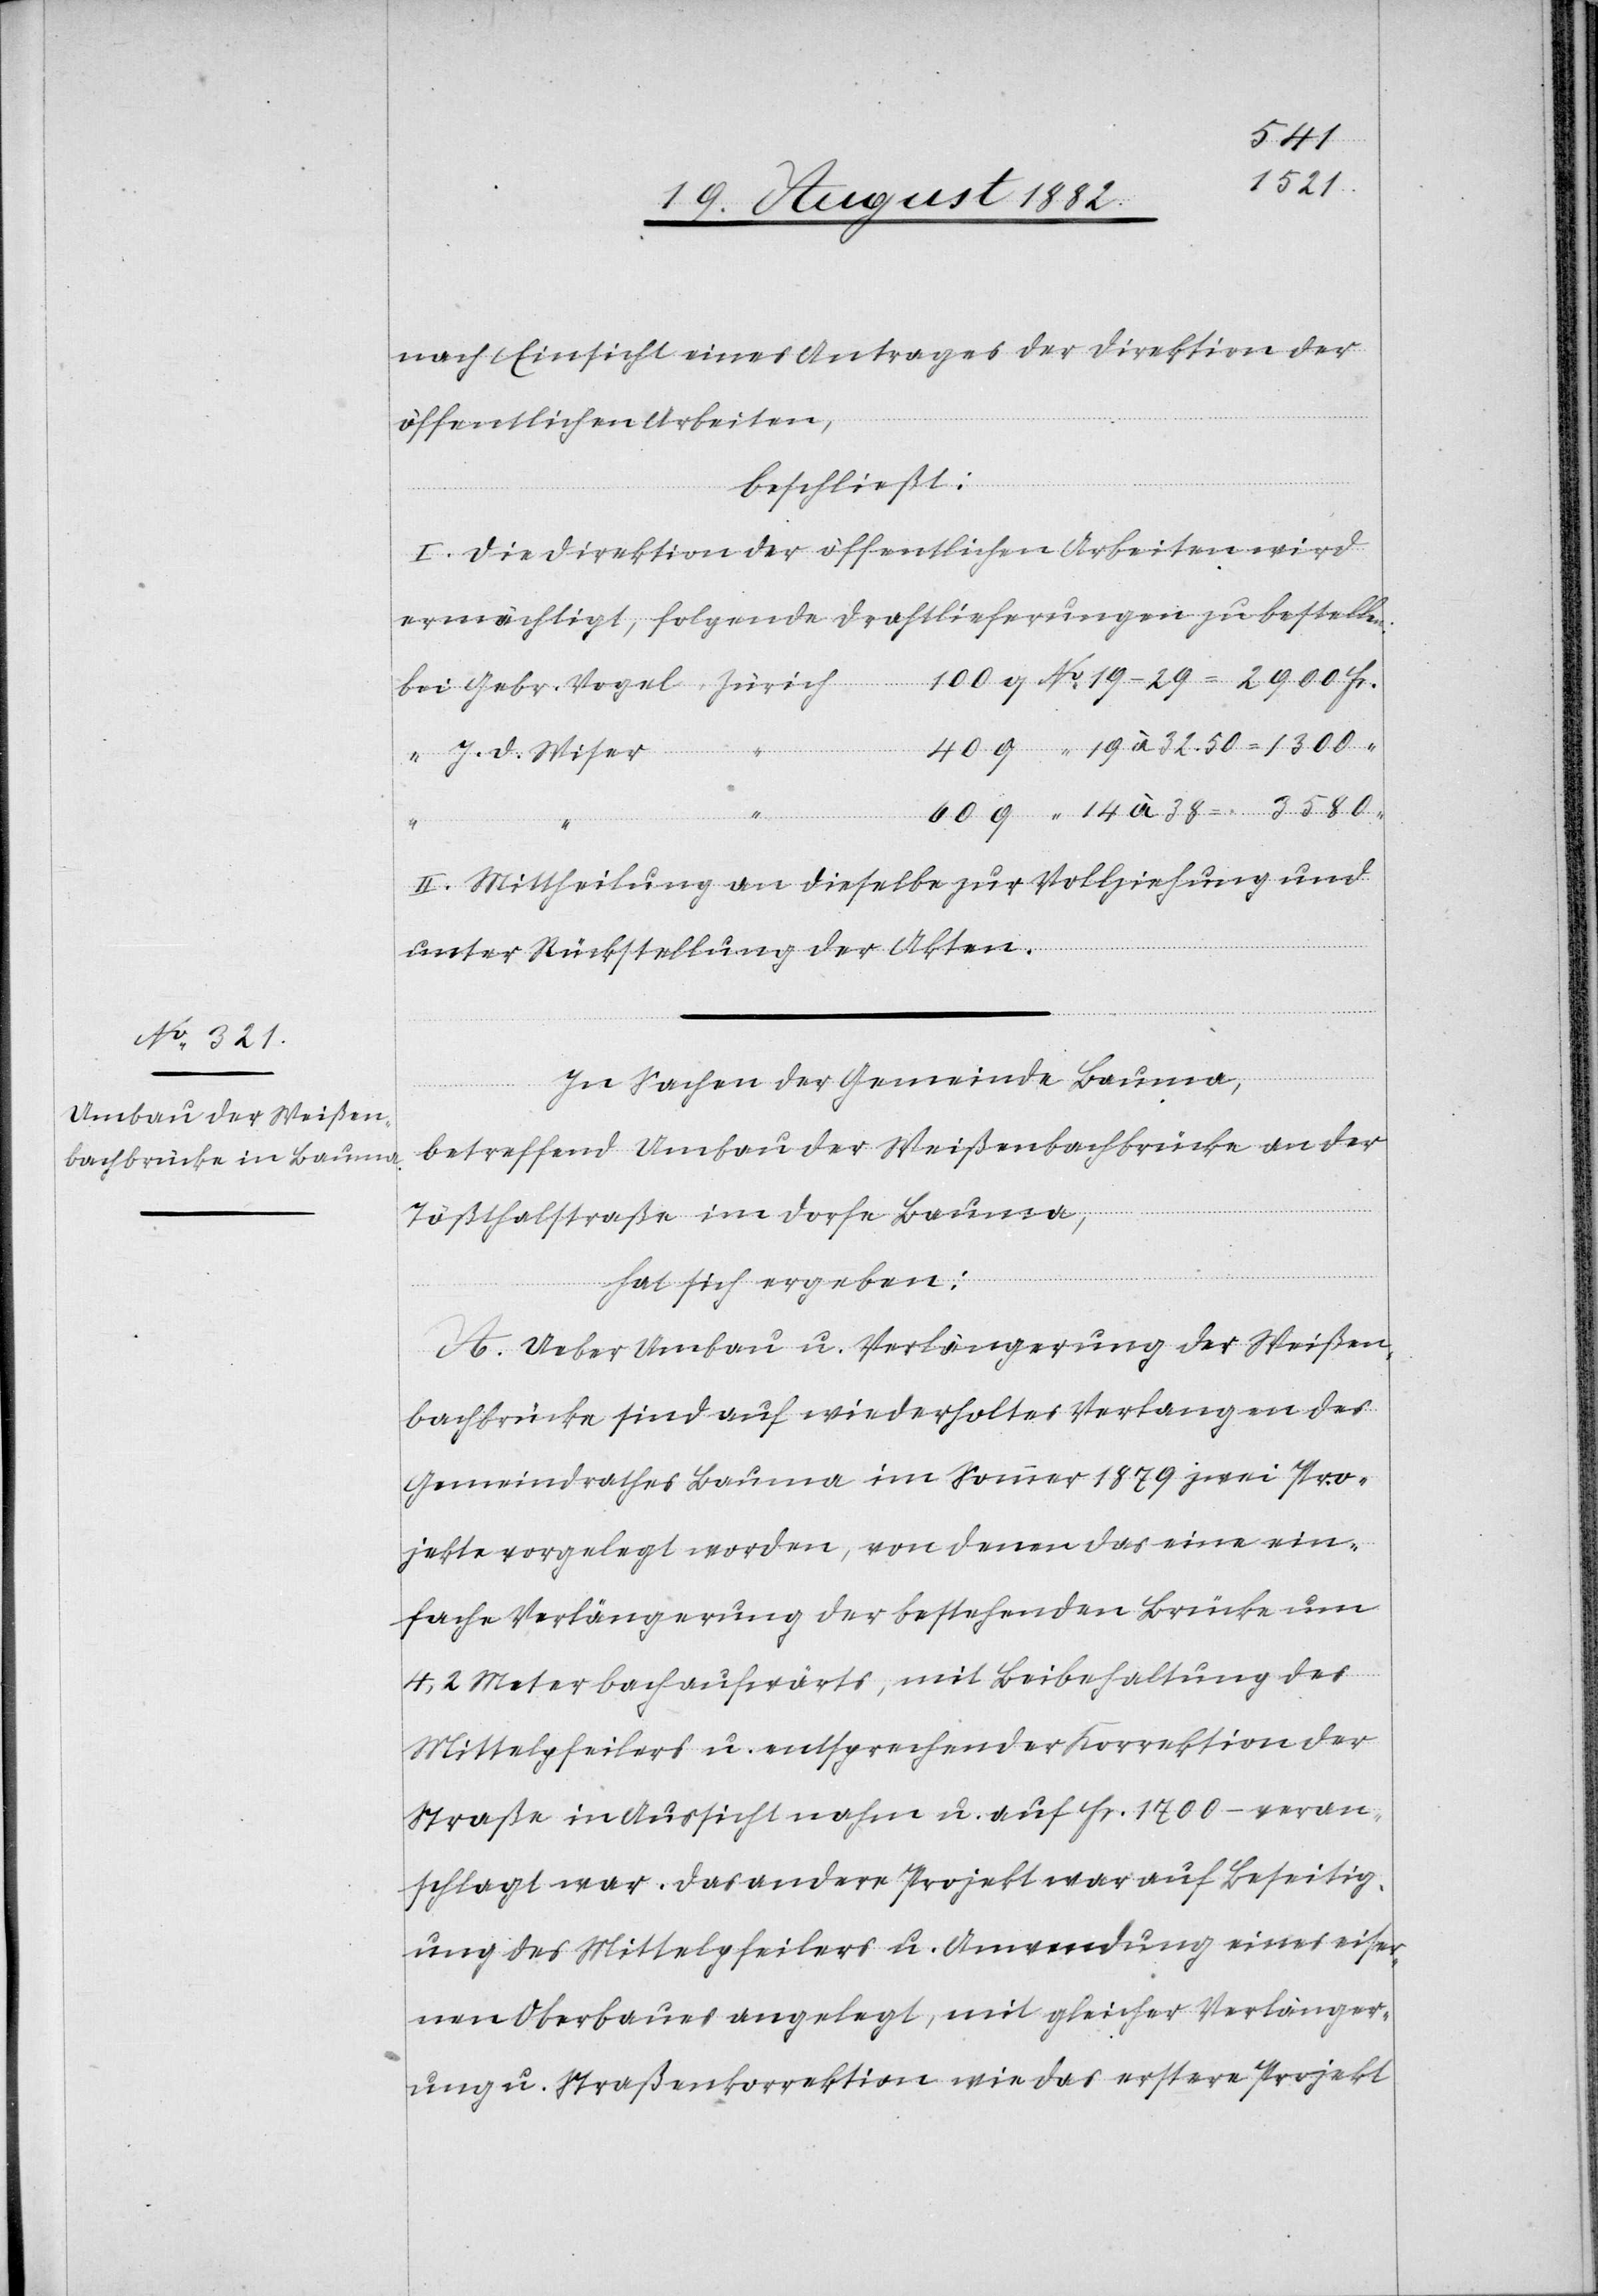
–
nach Einsicht eines Antrages der Direktion der
öffentlichen Arbeiten,
beschließt:
I. Die Direktion der öffentlichen Arbeiten wird
ermächtigt, folgende Drahtlieferungen zu bestellen:
Fr.
J. D. Wiser
Vogel,
II. Mittheilung an dieselbe zur Vollziehung und
unter Rückstellung der Akten.
In Sachen der Gemeinde Bauma,
betreffend Umbau der Weißenbachbrücke an der
Tößthalstraße im Dorfe Bauma,
hat sich ergeben:
A. Ueber Umbau u. Verlängerung der Weißen¬
bachbrücke sind auf wiederholtes Verlangen des
Gemeindrathes Bauma im Sommer 1879 zwei Pro¬
jekte vorgelegt worden, von denen das eine ein¬
fache Verlängerung der bestehenden Brücke um
4,2 Meter bachaufwärts, mit Beibehaltung des
Mittelpfeilers u. entsprechender Korrektion der
Straße in Aussicht nahm u. auf Fr. 1700.– veran¬
schlagt war. Das andere Projekt war auf Beseitig¬
ung des Mittelpfeilers u. Anwendung eines eiser¬
nen Oberbaues angelegt, mit gleicher Verlänger¬
ung u. Straßenkorrektion wie das erstere Projekt